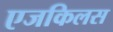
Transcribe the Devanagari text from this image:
एजकिलस